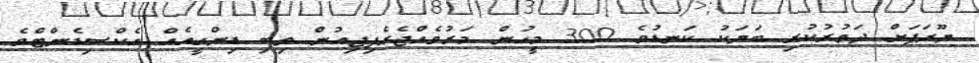
ޔޫރަޕަށް ދަތުރުކުރި ބަޔަކު ކަނޑުވެ 300 މީހުން މަރުވެއްޖެރެފިޖިއުން ތިބި ޑިންގީއެއް އެކްސިޑެންޓްވެ